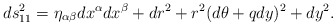
\begin{align*}ds_{11}^2 = \eta_{\alpha\beta}dx^\alpha dx^\beta+dr^2+r^2(d\theta+qdy)^2+dy^2. \end{align*}